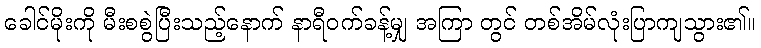
ခေါင်မိုးကို မီးစစွဲပြီးသည့်နောက် နာရီဝက်ခန့်မျှ အကြာ တွင် တစ်အိမ်လုံးပြာကျသွား၏။